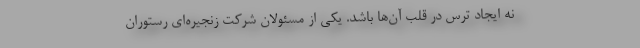
نه ایجاد ترس در قلب آن‌ها باشد. یکی از مسئولان شرکت زنجیره‌ای رستوران